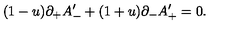
( 1 - u ) \partial _ { + } A _ { - } ^ { \prime } + ( 1 + u ) \partial _ { - } A _ { + } ^ { \prime } = 0 .